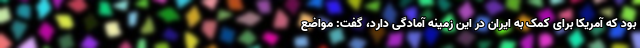
بود که آمریکا برای کمک به ایران در این زمینه آمادگی دارد، گفت: مواضع